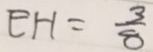
E H = \frac { 3 } { 8 }